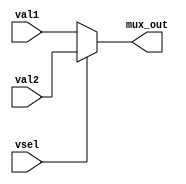
module mux_9(mux_out,val1,val2,vsel);

input [15:0] val1,val2;
	input vsel;
	output [15:0] mux_out;

	assign mux_out = (vsel == 1'b0) ? val1 : ((vsel == 1'b1) ? val2 : 16'bzzzz_zzzz_zzzz_zzzz);
					

endmodule